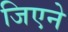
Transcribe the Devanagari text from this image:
जिएने